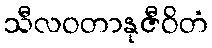
သီလဝတာနုဇီဝိတံ